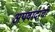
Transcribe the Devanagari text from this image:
अपवादांची